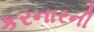
કરનારની